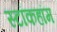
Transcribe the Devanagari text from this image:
स्टॉकहॉम